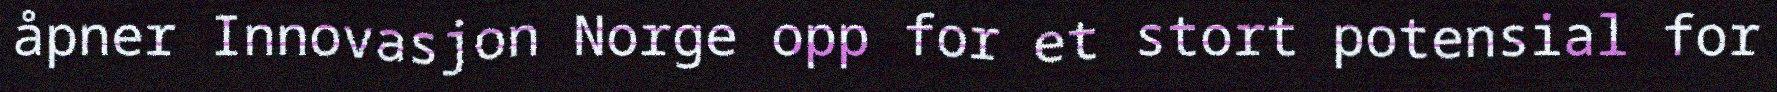
åpner Innovasjon Norge opp for et stort potensial for